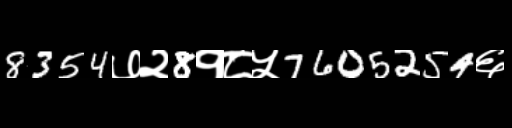
Text: 8354७२8१८५7605254६